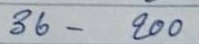
36 - 200